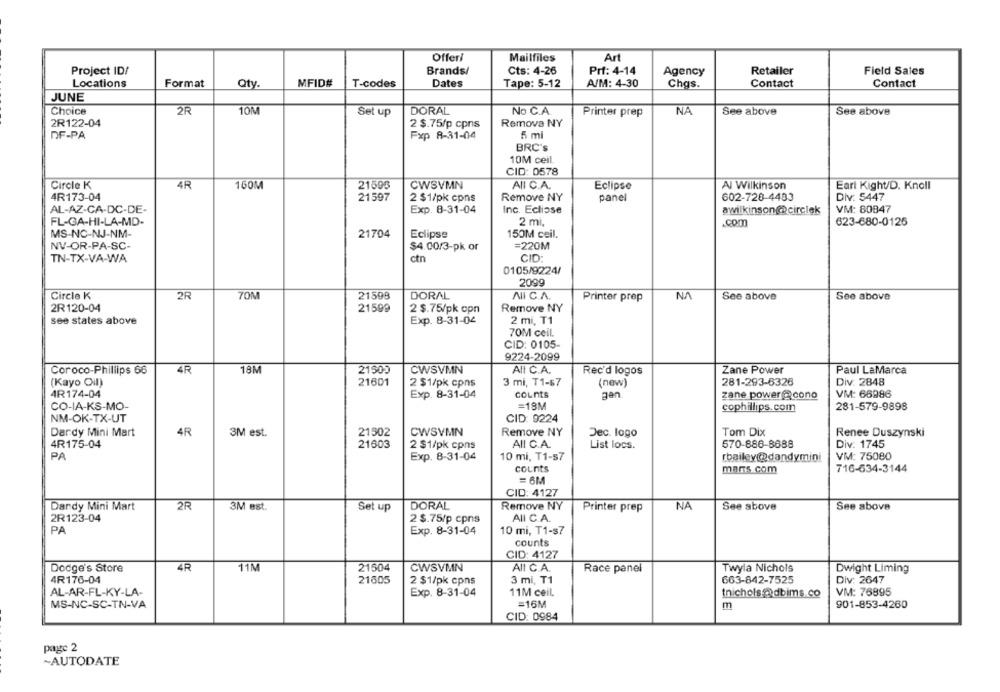
Offeri
Mailfiles
Art
Project ID/
Brands/
Cts: 4-26
Prf: 4-14
Agency
Retailer
Field Sales
Locations
Format
Qty
MFID#
Dates
A/M: 4-30
Contact
Contact
T-codes
Tape: 5-12
Chas.
JUNE
Choice
2R
10N
DORAL
No C.A
NA
See above
Set up
Printer prep
See above
2R122-04
2 $.75/p cpns
Remova NY
DF-PA
Fxp 8-31-04
5 ml
BRC's
10M ceil.
CID: 0578
Circle K
4R
160M
21595
CWSVMN
ALI C.A.
Eclipse
Al Wilkinson
Eart Kight/D. Knoll
4R173-04
21597
2 $1/pk cpns
Remove NY
panel
602-720-4483
Div: 5447
AL-AZ-CA-DC-DE-
Exp. 8-31-04
Inc. Eclisse
awilkinson@circlek
VM: 80847
FL-GA-HI-LA-MD-
2 mi,
.Com
623-680-0125
MS-NC-NJ-NM-
21704
Eclipse
150M ceil.
NV-OR-PA-SC-
$4.00/3-pk or
=220M
TN-TX-VA-WA
ctn
CID
0105/9224/
2099
Circle K
2R
7ON
21598
DORAL
NI C.A.
Printer prep
NA
See above
See above
2R120-04
21599
2 $.75/pk opn
Remove NY
see states above
Exp. 8-31-04
2 mi, T1
70M ceil.
CID: 0105-
9224-2099
Coroco-Phillips 66
4R
18M
21500
CWSVMN
All C.A.
Rec'd logos
Zane Power
Paul LaMarca
Div: 2848
(Kayo Oil)
21601
2 $1/pk cpns
3 mi, T1-67
(new)
281-293-6326
4R174-04
Exp. 8-31-04
counts
gen
zane power@cono
VM: 66986
CO-IA-KS-MO-
=18M
cophillips.com
281-579-9898
NM-OK-TX-UT
CID: 9224
Dardy Mini Mart
4R
3M est.
21502
CWSVMN
Remove NY
Dec. logo
Tom Dix
Renee Duszynski
4R175-04
21603
2 $1/pk cpns
AIL C.A.
List locs.
570-886-8688
Div: 1745
PA
Exp. 8-31-04
10 mi, T1-s7
rbailey@dandymini
VM: 75080
counts
mars.com
716-634-3144
= 6M
CID: 4127
2R
DORAL
NA
Dandy Mini Mart
3M est.
Set up
Remove NY
Printer prep
See above
See above
2R123-04
2 $.75/p cpns
AII C.A.
PA
Exp. 8-31-04
10 mi, T1-s7
counts
CID: 4127
Dodge's Store
4R
11M
21504
CWSVMN
All C.A.
Race panel
Twyla Nichols
Dwight Liming
4R176-04
21605
2 $1/pk cpns
3 mi, T1
663-842-7525
Div: 2647
AL-AR-FL-KY-LA-
Exp. 8-31-04
11M ceil.
tnichols@dbims.co
VM: 76895
MS-NC-SC-TN-VA
=16M
m
901-853-4260
CID: 0984
page 2
~AUTODATE